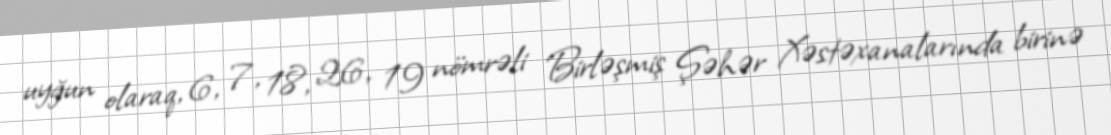
uyğun olaraq, 6, 7, 18, 26, 19 nömrəli Birləşmiş Şəhər Xəstəxanalarında birinə